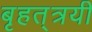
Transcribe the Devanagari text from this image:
बृहत्‌त्रयी